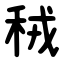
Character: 䄾